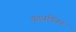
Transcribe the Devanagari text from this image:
कावडिकर